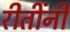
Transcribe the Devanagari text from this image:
रीतींनी